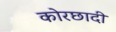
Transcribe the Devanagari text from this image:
कोरछादी